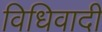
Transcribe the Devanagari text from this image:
विधिवादी